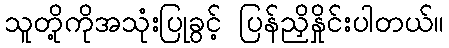
သူတို့ကိုအသုံးပြုခွင့် ပြန်ညှိနှိုင်းပါတယ်။